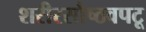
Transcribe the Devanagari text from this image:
शरीरसौष्ठवपटू